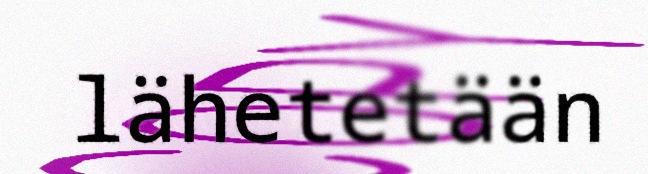
lähetetään